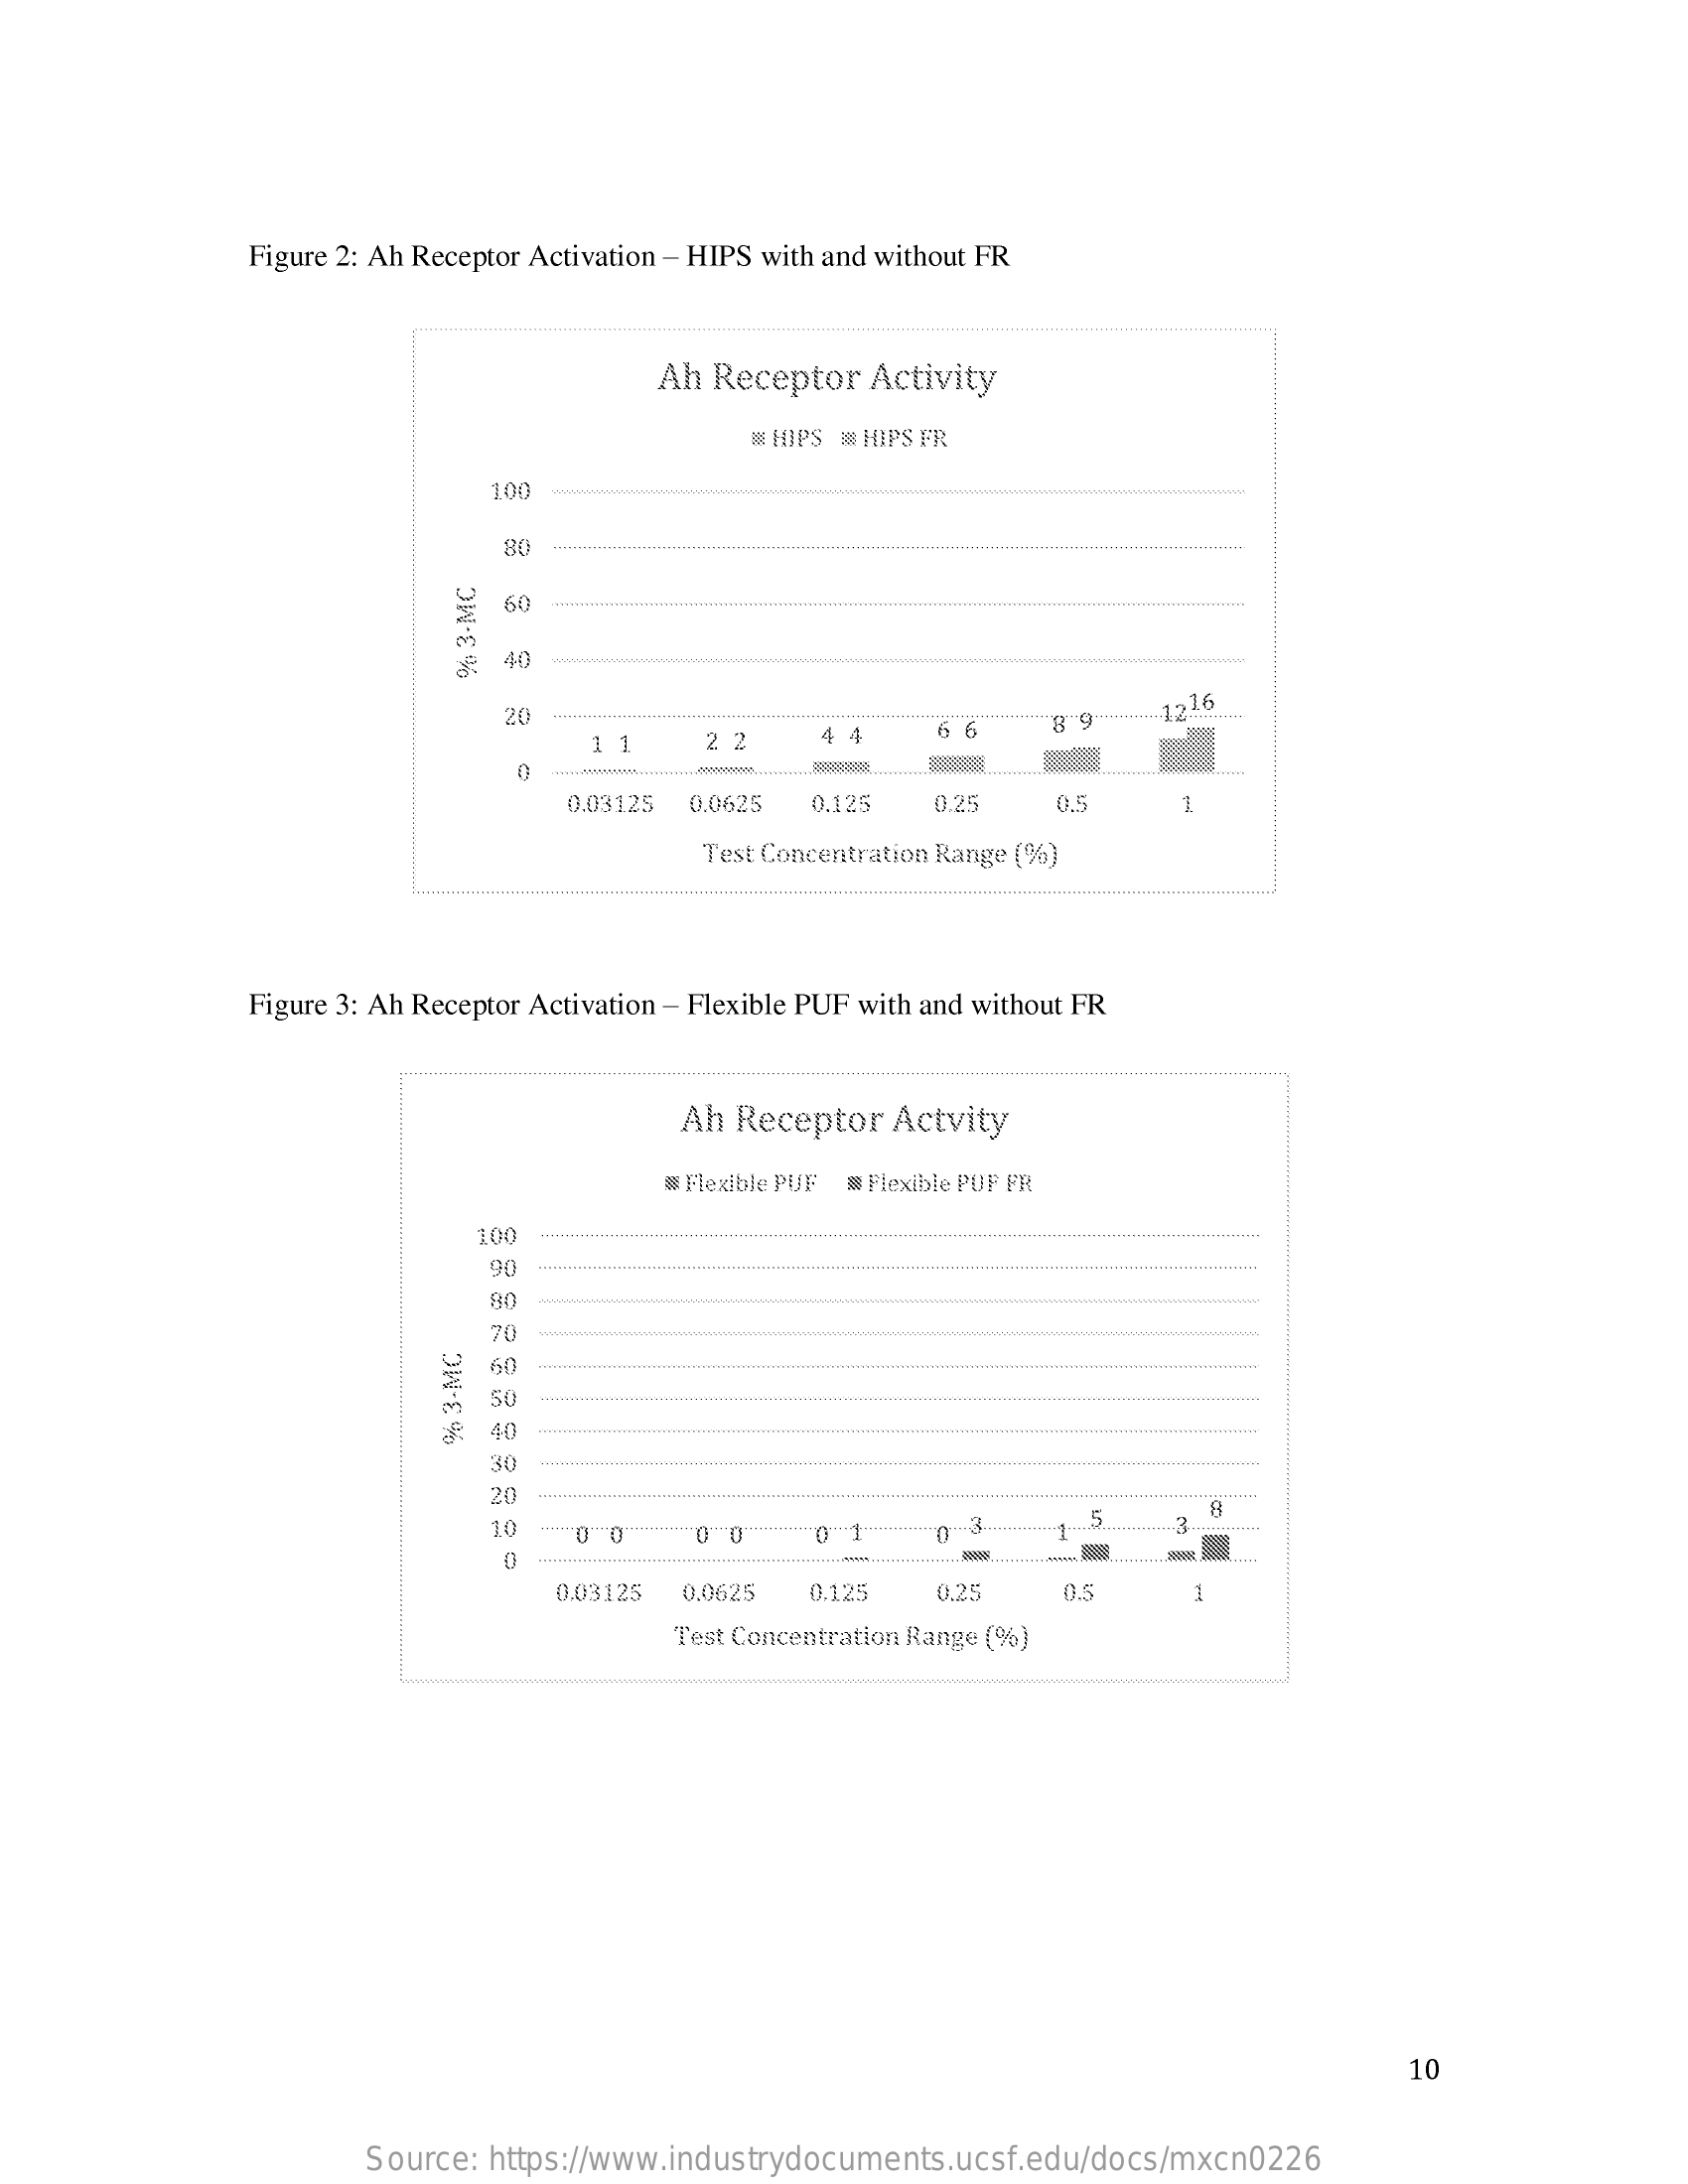
Figure 2: Ah Receptor Activation - HIPS with and without FR
     Ah Receptor  Activity
     HIPS @ HIPS FR
     100
     80
     60
     40 wwww %
     3-MC
     20
     2 2    4
     8 9-   -1226
     1
     0
     0.03125 0.0625 0,125   0.25    0,5
     Test Concentration Range (%)
     Figure 3: Ah Receptor Activation - Flexible PUF with and without FR
     Ah Receptor Actvity
     # Flexible PUF @ Flexible POP FR
     100
     90
     80
     70 www.w
     60
     50    ........
     40 %
     3-MC
     30
     20
     10    .0 .... 0. 0 0 0 1 -····
     0.03125 0.0625 0.125   0.25    0.5
     Test Concentration Range (%)
     10
     Source: https://www.industrydocuments.ucsf.edu/docs/mxcn0226